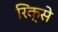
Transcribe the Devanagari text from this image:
रिक्से